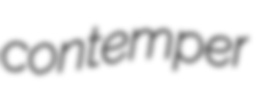
contemper